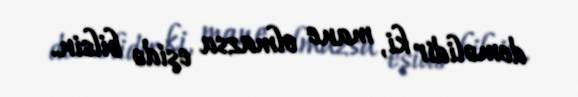
deməlidir ki, mane olmazsa eşidə bilsin.